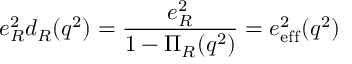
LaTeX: e _ { R } ^ { 2 } d _ { R } ( q ^ { 2 } ) = \frac { e _ { R } ^ { 2 } } { 1 - \Pi _ { R } ( q ^ { 2 } ) } = e _ { \mathrm { e f f } } ^ { 2 } ( q ^ { 2 } )